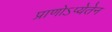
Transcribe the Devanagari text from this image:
प्राणोऽप्येतेन